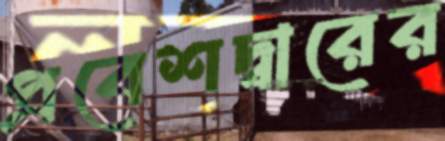
প্রবেশদ্বারের